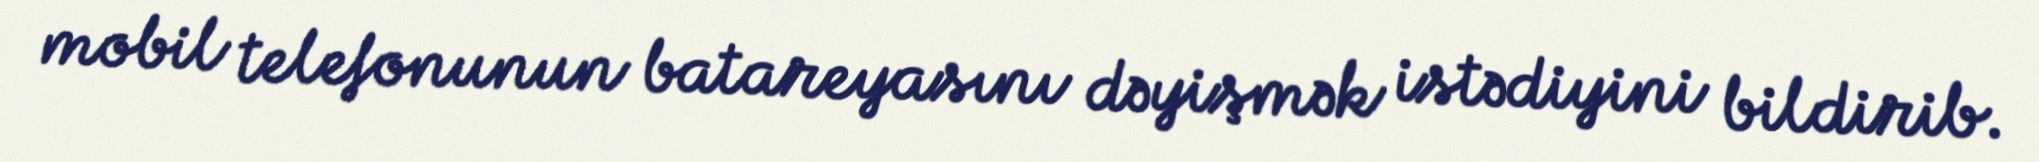
mobil telefonunun batareyasını dəyişmək istədiyini bildirib.